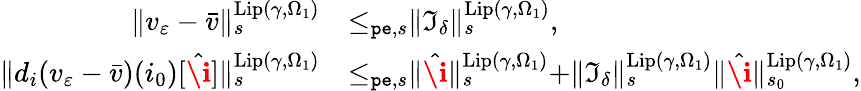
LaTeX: \begin{array}{rl}{\rVert v_{\varepsilon}-\bar{v}\rVert_{s}^{\mathrm{Lip}(\gamma,\Omega_{1})}}&{\le_{\mathtt{pe},s}\rVert\mathfrak{I}_{\delta}\rVert_{s}^{\mathrm{Lip}(\gamma,\Omega_{1})},}\\ {\rVert d_{i}(v_{\varepsilon}-\bar{v})(i_{0})[\hat{\textbf{\i}}]\rVert_{s}^{\mathrm{Lip}(\gamma,\Omega_{1})}}&{\le_{\mathtt{pe},s}\rVert\hat{\textbf{\i}}\rVert_{s}^{\mathrm{Lip}(\gamma,\Omega_{1})}+\rVert\mathfrak{I}_{\delta}\rVert_{s}^{\mathrm{Lip}(\gamma,\Omega_{1})}\rVert\hat{\textbf{\i}}\rVert_{s_{0}}^{\mathrm{Lip}(\gamma,\Omega_{1})},}\end{array}